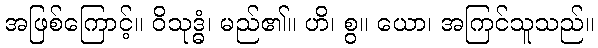
အဖြစ်ကြောင့်။ ဝိသုဒ္ဓံ၊ မည်၏။ ဟိ၊ စွ။ ယော၊ အကြင်သူသည်။